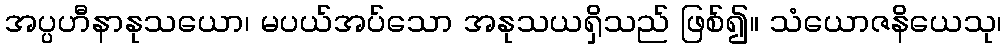
အပ္ပဟီနာနုသယော၊ မပယ်အပ်သော အနုသယရှိသည် ဖြစ်၍။ သံယောဇနိယေသု၊